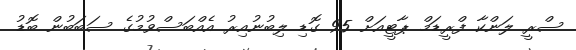
ސްރީ ލަންކާ ފްރީޑަމް ޕާޓީއަށް 95 ގޮޑި ލިބުނުއިރު އެއްބަސްވުމުގެ ސަބަބުން ބޮޑު